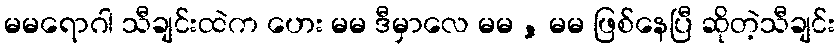
မမရောဂါ သီချင်းထဲက ဟေး မမ ဒီမှာလေ မမ , မမ ဖြစ်နေပြီ ဆိုတဲ့သီချင်း